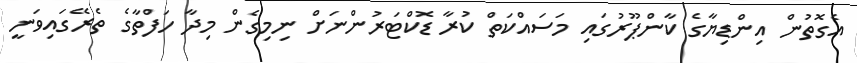
އެގޮތުން އިންޑިޔާގެ ކާންޕޫރުގައި މަސައްކަތް ކުރާ ޑޮކްޓަރުންނަށް ނިމިގެން މިދާ ހަފްތާގެ ތެރޭގައިވަނީ